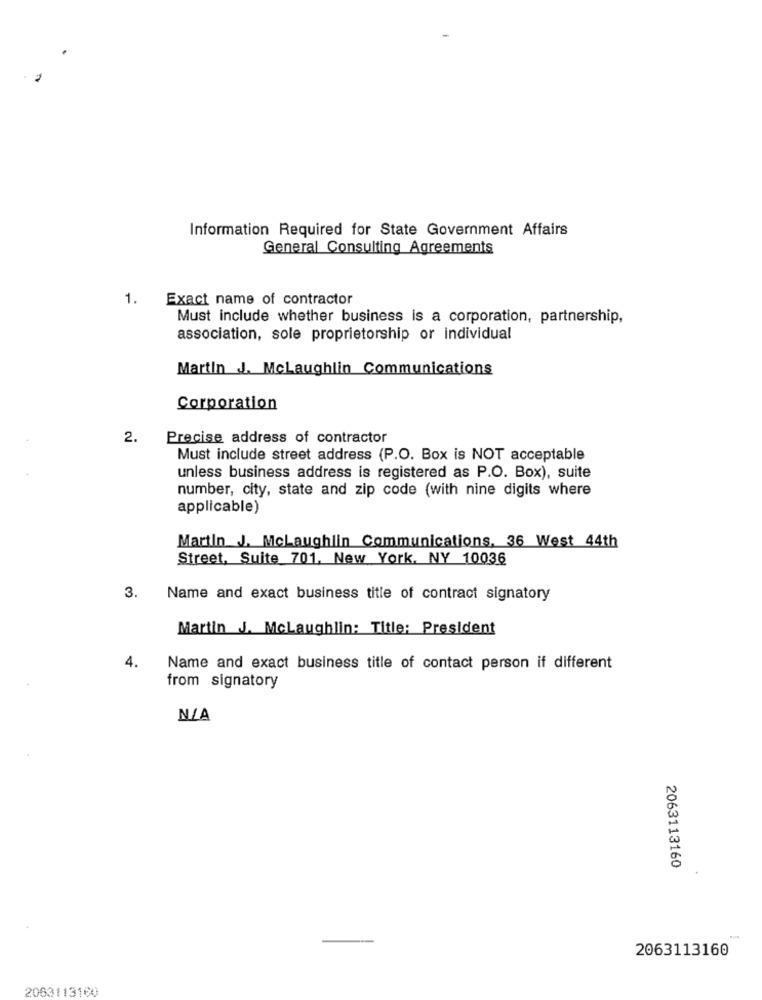
Information Required for State Government Affairs
General Consulting Agreements
1.
Exact name of contractor
Must include whether business is a corporation, partnership,
association, sole proprietorship or individual
Martin J. McLaughlin Communications
Corporation
2.
Precise address of contractor
Must include street address (P.O. Box is NOT acceptable
unless business address is registered as P.O. Box), suite
number, city, state and zip code (with nine digits where
applicable)
Martin J. Mclaughlin Communications, 36 West 44th
Street, Suite 701, New York, NY 10036
3.
Name and exact business title of contract signatory
Martin J. Mclaughlin: Title: President
4.
Name and exact business title of contact person if different
from signatory
2063113160
2063113160
2063113180